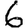
Digit: 6